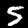
Digit: 5